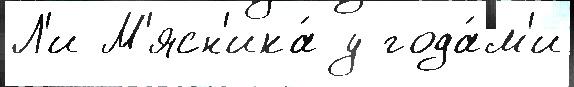
Л'и М'ясн'ика́ у года́м'и